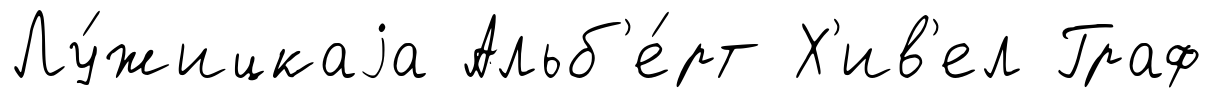
Лу́жицкаjа Альб'е́рт Х'ив'ел Граф